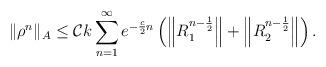
LaTeX: \begin{align*} \|\rho^n\|_A & \leq \mathcal{C} k\sum\limits_{n=1}^{\infty} e^{-\frac{c}{2} n} \left( \left\|R_1^{n-\frac{1}{2}} \right\| + \left\|R_2^{n-\frac{1}{2}} \right\| \right). \end{align*}